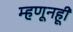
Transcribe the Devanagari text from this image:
म्हणूनहूी